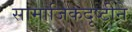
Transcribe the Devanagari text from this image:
सामाजिकदृष्टीने